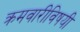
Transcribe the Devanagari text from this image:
क्रमवारीविषयी